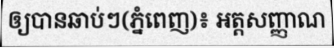
ឲ្យបានឆាប់ៗ(ភ្នំពេញ)៖ អត្តសញ្ញាណ